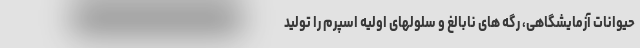
حیوانات آزمایشگاهی، رگه های نابالغ و سلولهای اولیه اسپرم را تولید